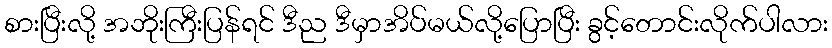
စားပြီးလို့ အဘိုးကြီးပြန်ရင် ဒီည ဒီမှာအိပ်မယ်လို့ပြောပြီး ခွင့်တောင်းလိုက်ပါလား